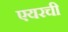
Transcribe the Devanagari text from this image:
एयरची